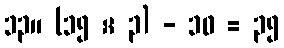
၁၃။ (၁၅ × ၃) - ၁၀ = ၃၅